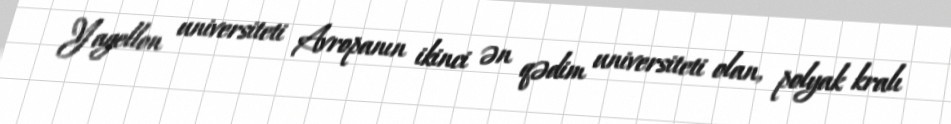
Yagellon universiteti Avropanın ikinci ən qədim universiteti olan, polyak kralı